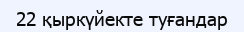
22 қыркүйекте туғандар